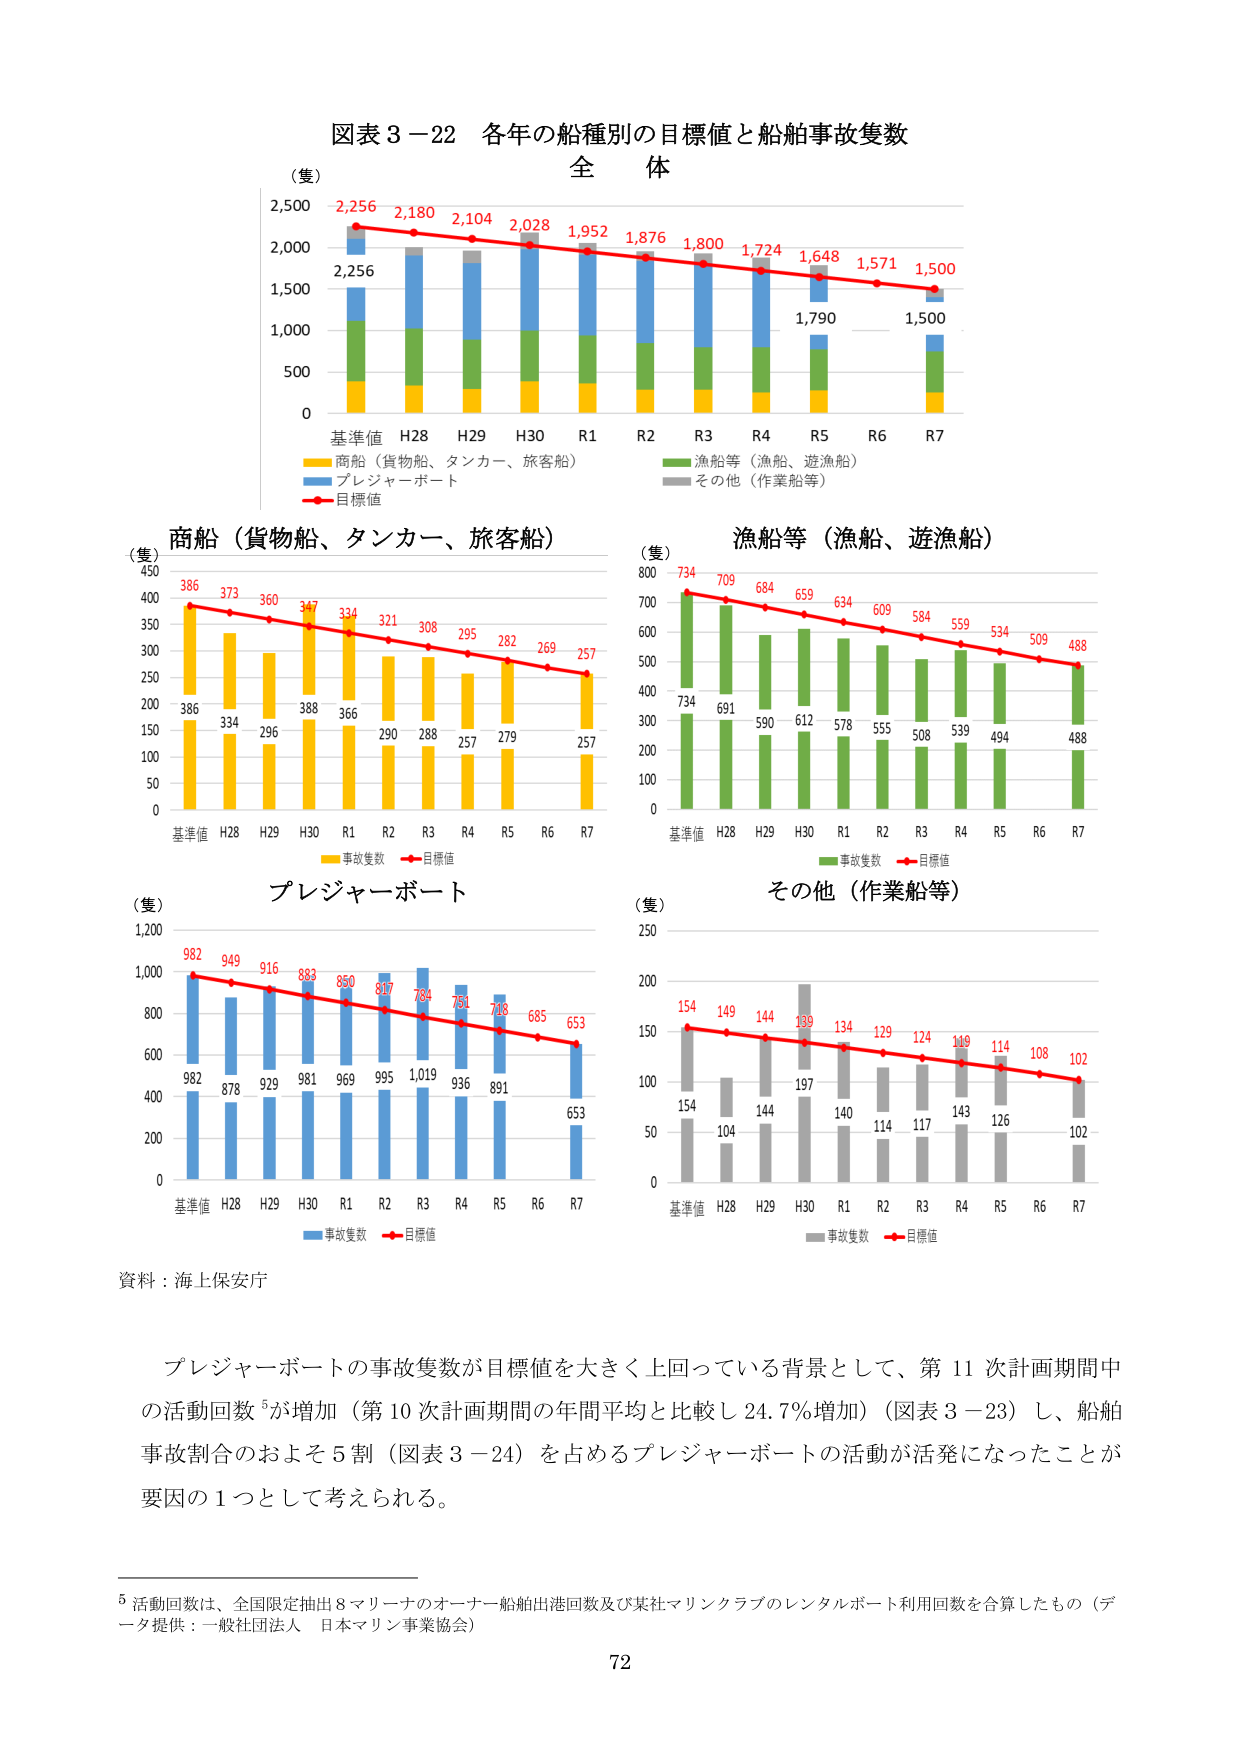
図表３－22 各年の船種別の目標値と船舶事故隻数
全 体

（隻）
2,500
2,256 2,180 2,104 2,028 1,952 1,876 1,800 1,724 1,648 1,571 1,500
2,256
1,790
1,500
2,000
1,500
1,000
500
0
基準値 H28 H29 H30 R1 R2 R3 R4 R5 R6 R7
■ 商船（貨物船、タンカー、旅客船）
■ プレジャーボート
■ その他（作業船等）
■ 目標値

商船（貨物船、タンカー、旅客船）
（隻）
450
386 373 360 347 334 321 308 295 282 269 257
386
334
296
388
366
290
288
257
279
257
257
400
350
300
250
200
150
100
50
0
基準値 H28 H29 H30 R1 R2 R3 R4 R5 R6 R7
■ 事故隻数 ■ 目標値

漁船等（漁船、遊漁船）
（隻）
800
734 709 684 659 634 609 584 559 534 509 488
734
691
590
612
578
555
508
539
494
488
488
700
600
500
400
300
200
100
0
基準値 H28 H29 H30 R1 R2 R3 R4 R5 R6 R7
■ 事故隻数 ■ 目標値

プレジャーボート
（隻）
1,200
982 949 916 883 850 817 784 751 718 685 653
982
878
929
981
969
995
1,019
936
891
653
653
1,000
800
600
400
200
0
基準値 H28 H29 H30 R1 R2 R3 R4 R5 R6 R7
■ 事故隻数 ■ 目標値

その他（作業船等）
（隻）
250
154 149 144 139 134 129 124 119 114 108 102
154
104
144
197
140
114
117
143
126
102
102
200
150
100
50
0
基準値 H28 H29 H30 R1 R2 R3 R4 R5 R6 R7
■ 事故隻数 ■ 目標値

資料：海上保安庁

プレジャーボートの事故隻数が目標値を大きく上回っている背景として、第11次計画期間中の活動回数⁵が増加（第10次計画期間の年間平均と比較し24.7％増加）（図表3－23）し、船舶事故割合のおよそ5割（図表3－24）を占めるプレジャーボートの活動が活発になったことが要因の1つとして考えられる。

⁵ 活動回数は、全国限定抽出8マリーナのオーナー船舶出港回数及び某社マリンクラブのレンタルボート利用回数を合算したもの（データ提供：一般社団法人 日本マリン事業協会）

72